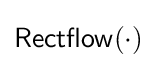
{\mathsf {Rectflow}}(\cdot )